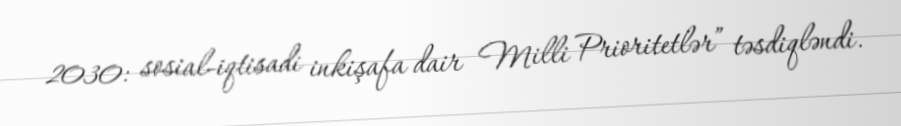
2030: sosial-iqtisadi inkişafa dair Milli Prioritetlər” təsdiqləndi.